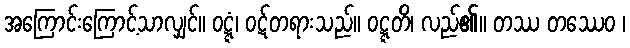
အကြောင်းကြောင့်သာလျှင်။ ဝဋ္ဋံ၊ ဝဋ်တရားသည်။ ဝဋ္ဋတိ၊ လည်၏။ တဿ တဿေဝ ၊